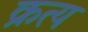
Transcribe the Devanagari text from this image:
क्रत्य